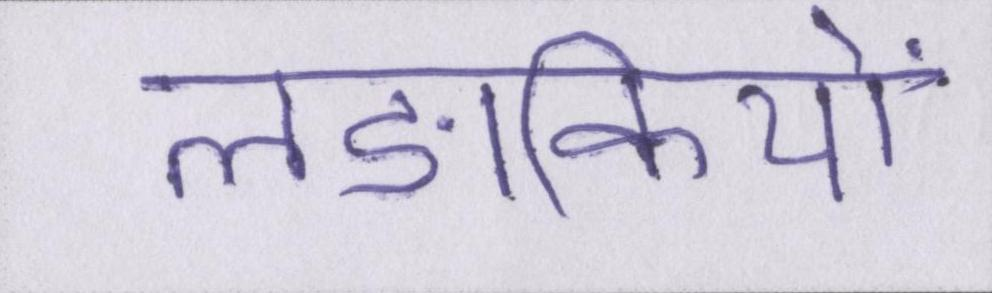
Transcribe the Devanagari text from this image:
लङकियों